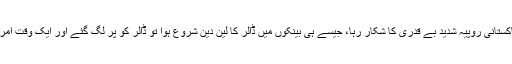
پاکستان کی دونوں مارکیٹوں میں آج امریکی ڈالر کے مقابلے میں پاکستانی روپیہ شدید بے قدری کا شکار رہا، جیسے ہی بینکوں میں ڈالر کا لین دین شروع ہوا تو ڈالر کو پر لگ گئے اور ایک وقت امریکی ڈالر نے انٹر بینک میں 110 روپے کی سطح تک عبور کرلی۔